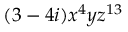
( 3 - 4 i ) x ^ { 4 } y z ^ { 1 3 }